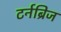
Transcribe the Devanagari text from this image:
टर्नब्रिज